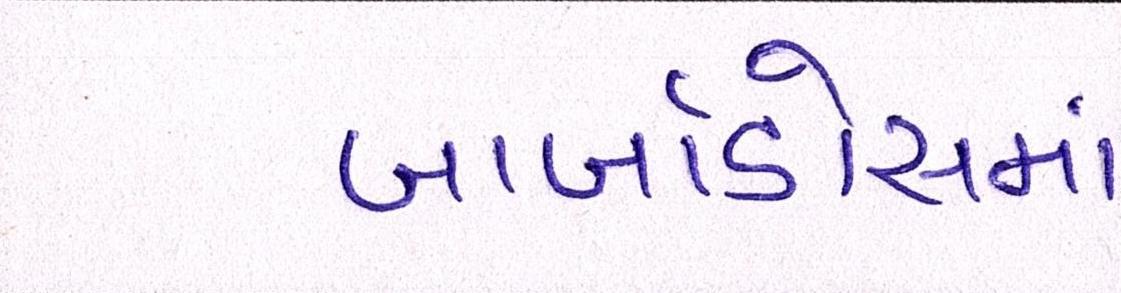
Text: બાર્બાડોસમાં